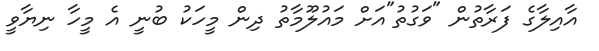
އާއިލާގެ ފަރާތުން "ވަގުތު"އަށް މައުލޫމާތު ދިން މީހަކު ބުނީ އެ މީހާ ނިޔާވީ